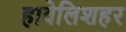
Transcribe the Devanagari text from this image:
हावेलिशहर